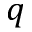
q